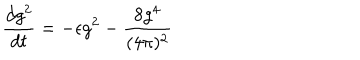
\frac { d g ^ { 2 } } { d t } = - \epsilon g ^ { 2 } - \frac { 8 g ^ { 4 } } { ( 4 \pi ) ^ { 2 } }